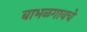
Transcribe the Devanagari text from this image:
बाभळगावचे